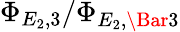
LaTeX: \Phi_{E_{2},3}/\Phi_{E_{2},\Bar 3}